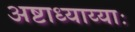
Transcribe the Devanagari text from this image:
अष्टाध्याय्याः